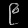
Digit: ၉